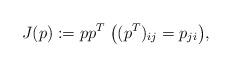
LaTeX: \begin{align*} J(p):=pp^T\;\big((p^T)_{ij}=p_{ji}\big),\end{align*}